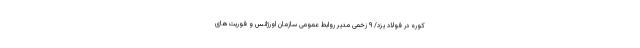
کوره در فولاد یزد/ ۹ زخمی مدیر روابط عمومی سازمان اورژانس و فوریت‌های